Leningradi_Edasi_toimetus, lk 61
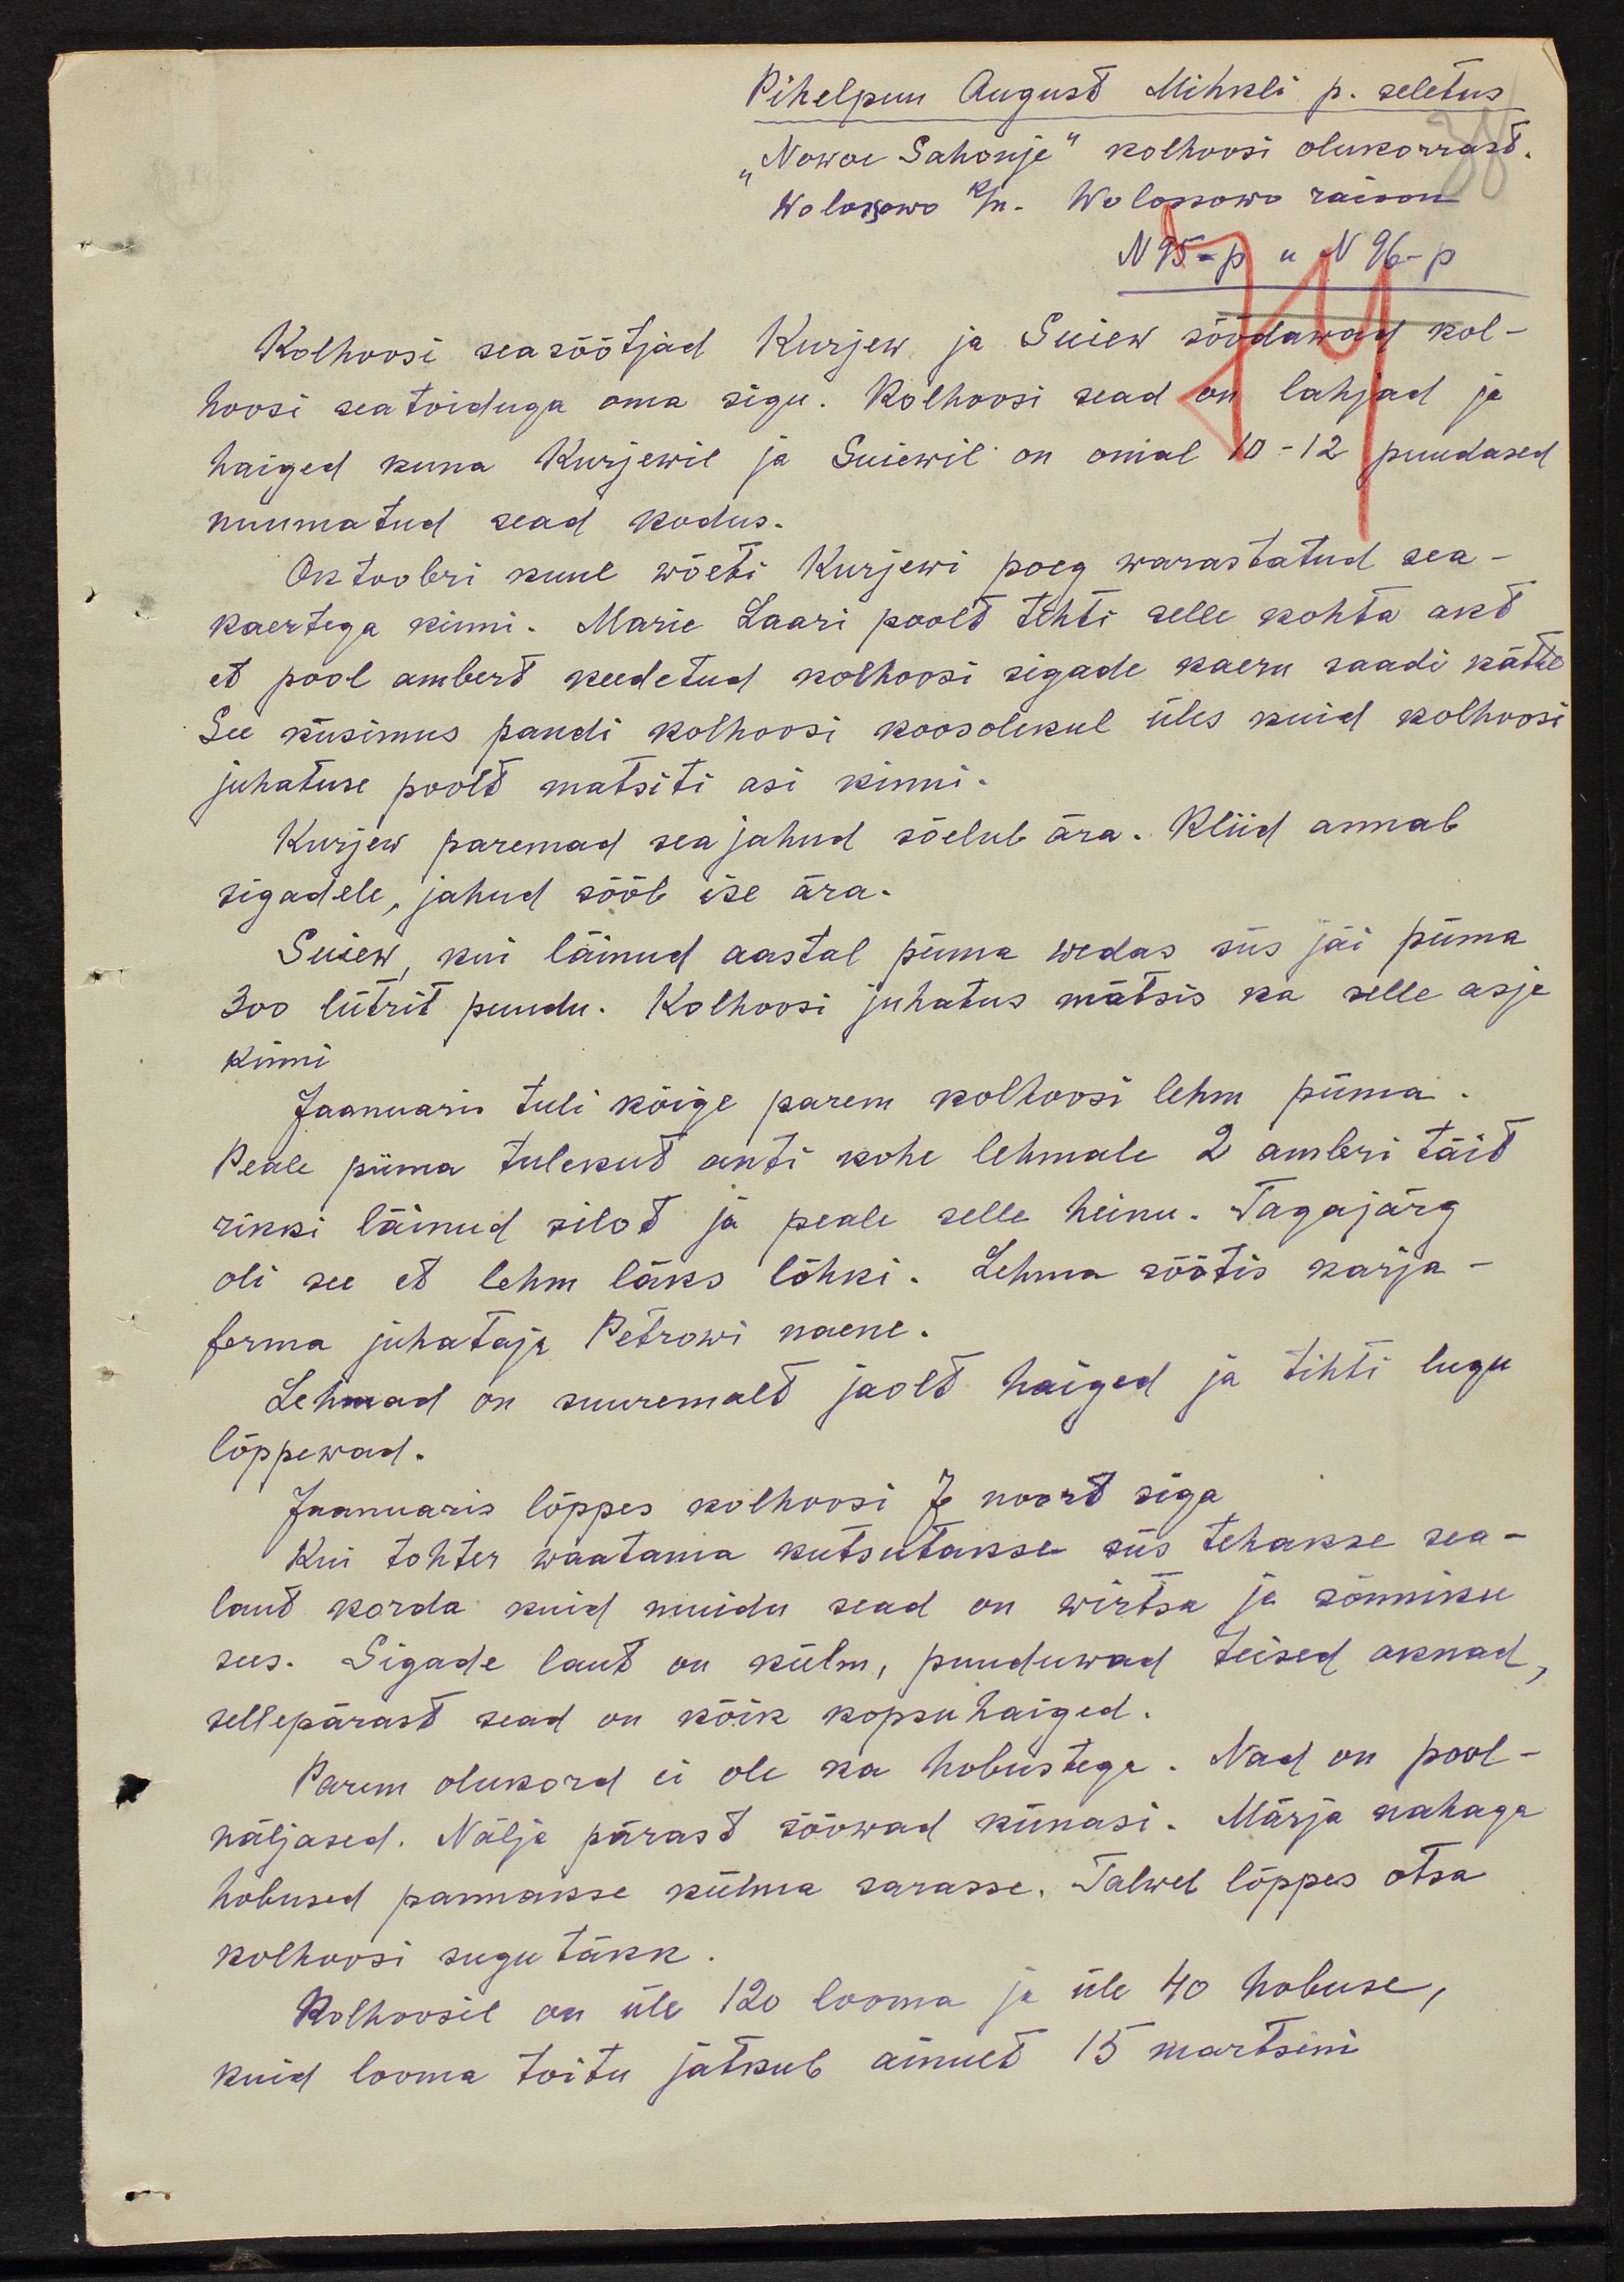
Pihelpuu August Mihkli p. seletus
"Nowoi Sahonje" kolhoosi olukorrast.
Wolossowo k/n. Wolossowo raioon
N 95-p n 96-p.
Kolhoosi seasöötjad Kurjew ja Suiew söödawad kol-
hoosi seatoiduga oma sigu. Kolhoosi sead on lahjad ja
haiged kuna Kurjewil ja Suiewil on omal 10-12 puudased
nuumatud sead kodus.
Oktoobri kuul wõeti Kurjewi poeg warastatud sea-
kaertega kinni. Marie Laari poolt tehti selle kohta akt
et pool ambert keedetud kolhoosi sigade kaeru saadi kätte
See küsimus pandi kolhoosi koosolekul üles kuid kolhoosi
juhatuse poolt matsiti asi kinni.
Kurjew paremad sea jahud sõelub ära. Kliid annab
sigadele, jahud sööb ise ära.
Suiew, kui läinud aastal piima wedas siis jäi piima
300 liitrit puudu. Kolhoosi juhatus mätsis ka selle asja
kinni.
Jaanuaris tuli kõige parem kolhoosi lehm piima.
Peale piima tulekut anti kohe lehmale 2 ambri täit
rikki läinud silot ja peale selle heinu. Tagajärg
oli see et lehm läks lõhki. Lehma söötis karja-
ferma juhataja Petrowi naene.
Lehmad on suuremalt jaolt haiged ja tihti lugu
lõppewad.
Jaanuaris lõppes kolhoosi 7 noort siga
Kui tohter waatama kutsutakse siis tehakse sea-
laut korda kuid muidu sead on wirtsa ja sõnniku
sees. Sigade laut on külm, puuduwad teised aknad,
sellepärast sead on kõik kopsu haiged.
Parem olukord ei ole ka hobustega. Nad on pool-
näljased. Nälja pärast sööwad künasi. Märja nahaga
hobused pannakse külma sarasse. Talwel lõppes otsa
kolhoosi sugu täkk.
Kolhoosil on üle 120 looma ja üles 40 hobuse,
kuid looma toitu jätkub ainult 15 martsini